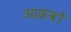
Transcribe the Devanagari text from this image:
आस्रवों